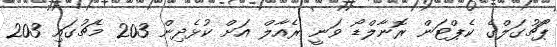
ޕޯޗުގަލްގެ ކެޕްޓަން ރޮނާލްޑޯ ވަނީ ރެއާލް އަށް ކުޅެދިން 203 މެޗުގައި 203